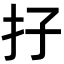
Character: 𡥅